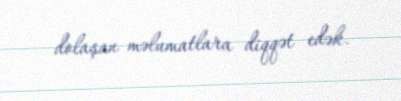
dolaşan məlumatlara diqqət edək.